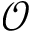
\mathcal { O }